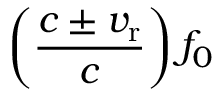
\left( { \frac { c \pm v _ { \mathrm { r } } } { c } } \right) f _ { 0 }